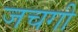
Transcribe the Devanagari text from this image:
जचगी